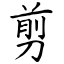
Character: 剪